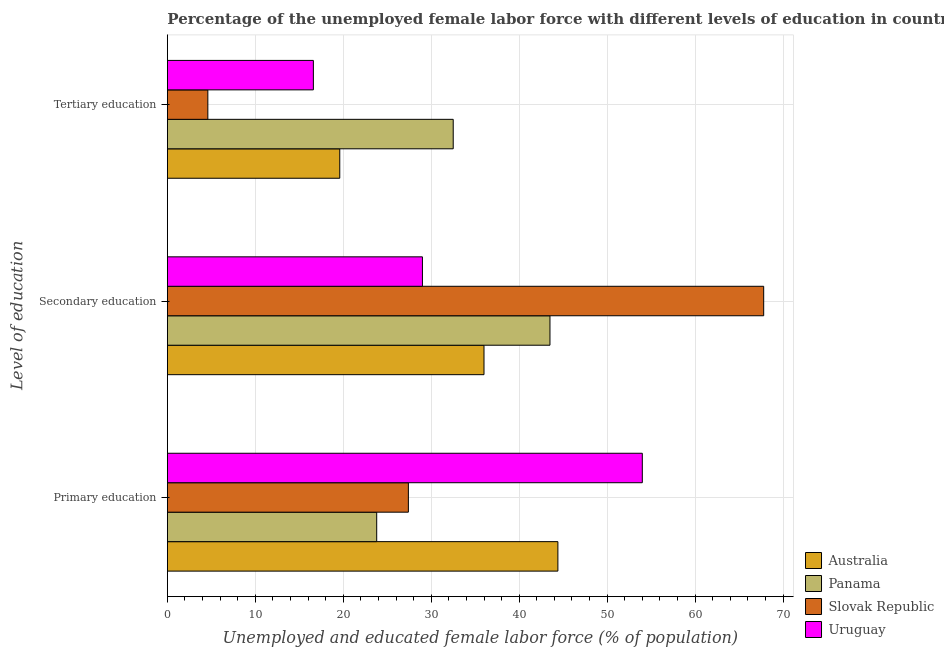
| Level of education | Australia | Panama | Slovak Republic | Uruguay |
 | --- | --- | --- | --- | --- |
 | Primary education | 44.4 | 23.8 | 27.4 | 54 |
 | Secondary education | 36 | 43.5 | 67.8 | 29 |
 | Tertiary education | 19.6 | 32.5 | 4.6 | 16.6 |